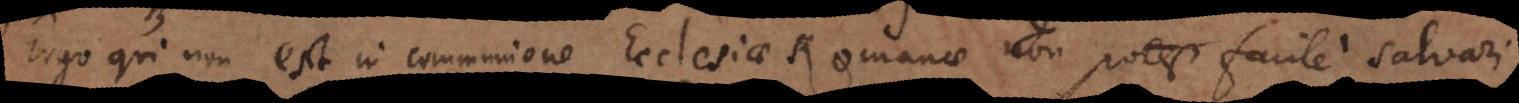
Ergo qui non est in communione Ecclesiae Romanae non potest facile salvari.